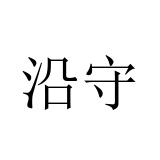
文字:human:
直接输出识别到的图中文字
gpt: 沿守